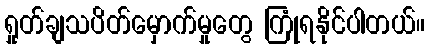
ရှုတ်ချသပိတ်မှောက်မှုတွေ ကြုံရနိုင်ပါတယ်။